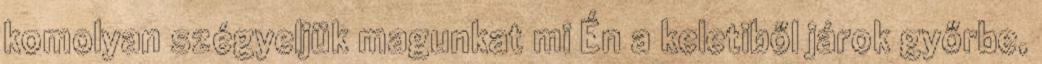
komolyan szégyeljük magunkat mi Én a keletiből járok győrbe,